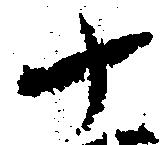
十